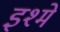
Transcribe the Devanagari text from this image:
इश्मे